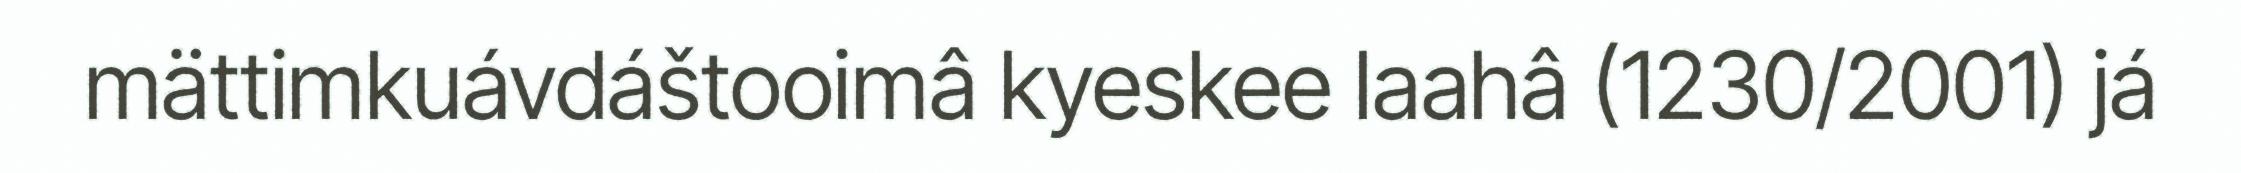
mättimkuávdáštooimâ kyeskee laahâ (1230/2001) já